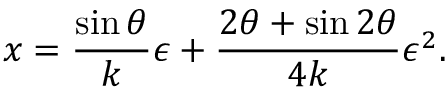
x = \frac { \sin \theta } { k } \epsilon + \frac { 2 \theta + \sin 2 \theta } { 4 k } \epsilon ^ { 2 } .